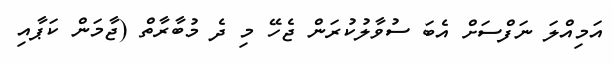
އަމިއްލަ ނަފްސަށް އެބަ ސުވާލުކުރަން ޖެހޭ މި ދެ މުބާރާތް (ޖާމަން ކަޕާއި